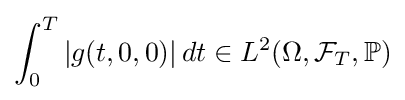
\int _{0}^{T}|g(t,0,0)|\,dt\in L^{2}(\Omega ,{\mathcal {F}}_{T},\mathbb {P} )